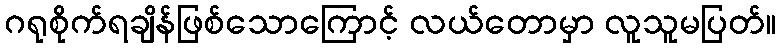
ဂရုစိုက်ရချိန်ဖြစ်သောကြောင့် လယ်တောမှာ လူသူမပြတ်။